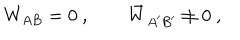
W _ { A B } = 0 \ , \qquad \bar { W } _ { A ^ { \prime } B ^ { \prime } } \neq 0 \ ,